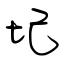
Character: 圮